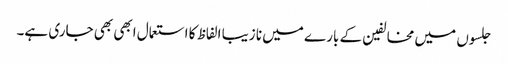
جلسوں میں مخالفین کے بارے میں نا زیبا الفاظ کا استعمال ابھی بھی جاری ہے۔